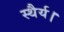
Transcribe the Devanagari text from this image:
स्थैर्य।